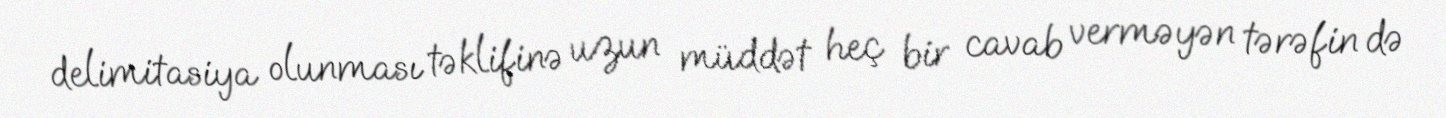
delimitasiya olunması təklifinə uzun müddət heç bir cavab verməyən tərəfin də